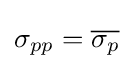
\sigma _{pp}={\overline {\sigma _{p}}}